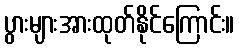
ပွားများအားထုတ်နိုင်ကြောင်း။